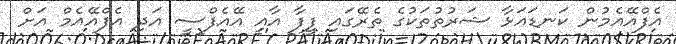
އެފްއޭއެމުން ކަނޑައަޅާ ޝަރުތުތަކުގެ ތެރޭގައި ފީފާ އާއި އޭއެފްސީ އަދި އެފްއޭއެމް އަށް